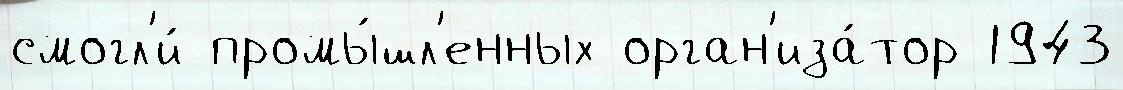
смогл'и́ промы́шл'енных орган'иза́тор 1943